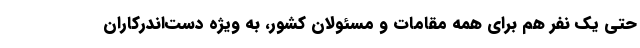
حتی یک نفر هم برای همه مقامات و مسئولان کشور، به ویژه دست‌اندرکاران